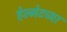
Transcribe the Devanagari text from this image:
हेल्मेटच्या